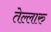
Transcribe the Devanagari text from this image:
तेल्लारु